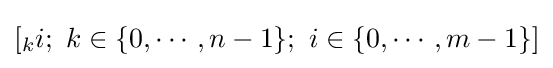
\left[{}_{k}i;\ k\in \{0,\cdots ,n-1\};\ i\in \{0,\cdots ,m-1\}\right]